Vaccination in Bombay 1863-1868 - 1863-1868
Year: 1863
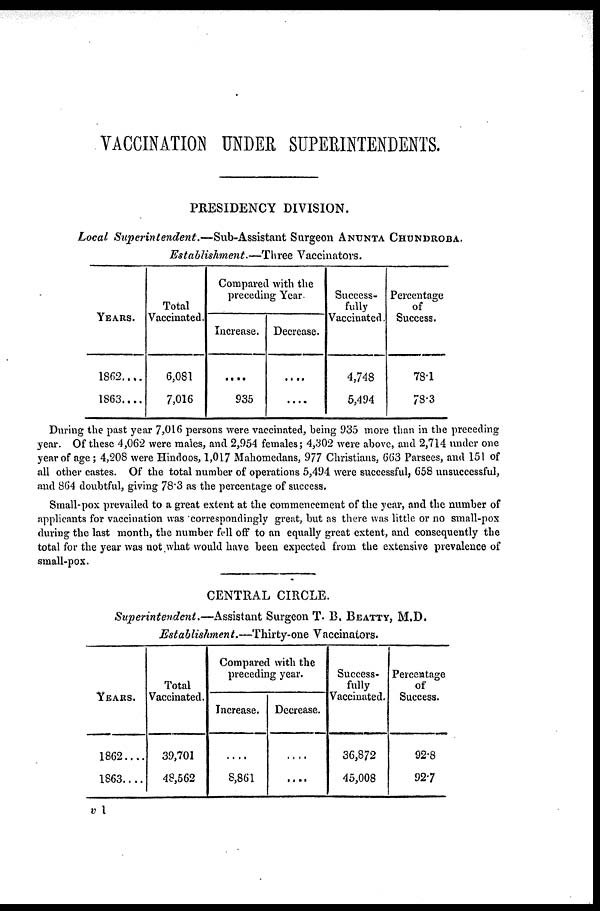
VACCINATION UNDER SUPERINTENDENTS.
PRESIDENCY DIVISION.
Local Superintendent.—Sub-Assistant
Surgeon ANUNTA CHUNDROBA.
Establishment.—Three
Vaccinators.
YEARS.
1862....
1863....
Total
Vaccinated.
6,081
7,016
Compared with the
preceding Year-
Increase.
....
935
Decrease.
....
....
Success-
fully
Vaccinated.
4,748
5,494
Percentage
of
Success.
78.1
78.3
During the past year 7,016 persons were vaccinated, being 935 more than in the preceding
year. Of these 4,062 were males, and 2,954 females; 4,302 were above, and 2,714 under one
year of age ; 4,208 were Hindoos, 1,017 Mahomedans, 977 Christians, 663 Parsees, and 151 of
all other castes. Of the total number of operations 5,494 were successful, 658 unsuccessful,
and 864 doubtful, giving 78.3 as the percentage of success.
Small-pox prevailed to a great extent at the commencement of the year, and the number of
applicants for vaccination was correspondingly great, but as there was little or no small-pox
during the last month, the number fell off to an equally great extent, and consequently the
total for the year was not what would have been expected from the extensive prevalence of
small-pox.
CENTRAL CIRCLE.
Superintendent.—Assistant
Surgeon T. B. BEATTY, M.D.
Establishment.—Thirty-one
Vaccinators.
YEARS.
1862....
1863....
Total
Vaccinated.
39,701
48,562
Compared with the
preceding year.
Increase.
....
8,861
Decrease.
....
....
Success-
fully
Vaccinated.
36,872
45,008
Percentage
of
Success.
92.8
92.7
v 1